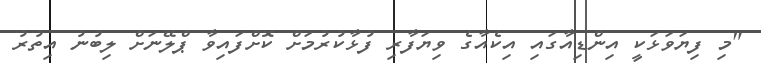
"މި ފިޔަވަޅަކީ އިންޑިއާގައި އިކެއާގެ ވިޔަފާރި ފުޅާކުރުމަށް ކޮށްފައިވާ ޕްލޭނަށް ލިބުނު އިތުރު